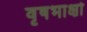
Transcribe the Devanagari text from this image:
वृषभाक्षो